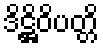
ဒိဋ္ဌိဝိပတ္တိ